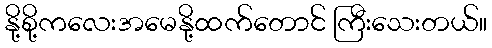
နို့စို့ကလေးအမေနို့ထက်တောင် ကြီးသေးတယ်။